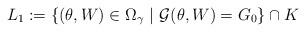
LaTeX: \begin{align*}L_{1}:= \{ (\theta,W)\in \Omega_{\gamma} \ | \ {\cal G}(\theta,W)=G_{0}\}\cap K\end{align*}